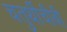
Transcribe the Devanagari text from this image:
चतुर्थीचीबी